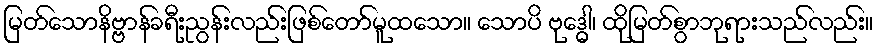
မြတ်သောနိဗ္ဗာန်ခရီးညွန်းလည်းဖြစ်တော်မူထသော။ သောပိ ဗုဒ္ဓေါ၊ ထိုမြတ်စွာဘုရားသည်လည်း။